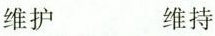
维护 维持